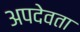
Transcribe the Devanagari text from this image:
अपदेवता